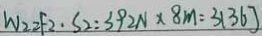
W _ { 2 } = F _ { 2 } \cdot S _ { 2 } : 3 9 2 N \times 8 m = 3 1 6 3 J